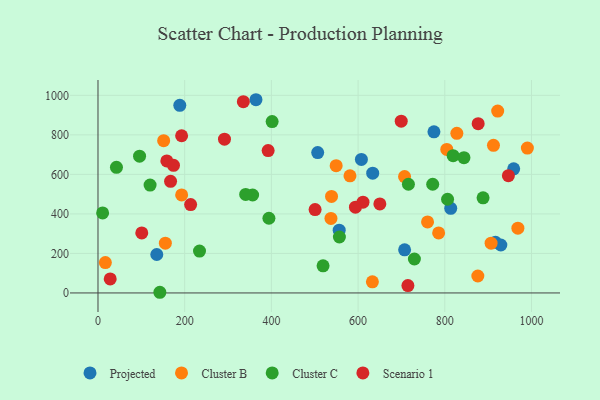
{"axis": {"x": "Engine Size", "y": "Profit"}, "legend": ["Cluster B", "Cluster C", "Projected", "Scenario 1"], "data": [{"x": "364.4", "y": 977.9, "type": "Projected"}, {"x": "958.9", "y": 628.0, "type": "Projected"}, {"x": "813.7", "y": 428.2, "type": "Projected"}, {"x": "916.8", "y": 256.5, "type": "Projected"}, {"x": "135.6", "y": 194.7, "type": "Projected"}, {"x": "929.3", "y": 242.7, "type": "Projected"}, {"x": "188.7", "y": 949.8, "type": "Projected"}, {"x": "556.4", "y": 317.8, "type": "Projected"}, {"x": "775.0", "y": 815.6, "type": "Projected"}, {"x": "607.6", "y": 675.9, "type": "Projected"}, {"x": "707.3", "y": 218.1, "type": "Projected"}, {"x": "633.7", "y": 606.1, "type": "Projected"}, {"x": "506.8", "y": 710.2, "type": "Projected"}, {"x": "804.6", "y": 726.5, "type": "Cluster B"}, {"x": "760.2", "y": 359.2, "type": "Cluster B"}, {"x": "537.4", "y": 377.2, "type": "Cluster B"}, {"x": "581.3", "y": 592.9, "type": "Cluster B"}, {"x": "155.4", "y": 251.8, "type": "Cluster B"}, {"x": "17.0", "y": 153.9, "type": "Cluster B"}, {"x": "707.2", "y": 589.2, "type": "Cluster B"}, {"x": "633.0", "y": 56.3, "type": "Cluster B"}, {"x": "151.5", "y": 770.9, "type": "Cluster B"}, {"x": "549.4", "y": 644.3, "type": "Cluster B"}, {"x": "912.3", "y": 747.1, "type": "Cluster B"}, {"x": "906.8", "y": 252.1, "type": "Cluster B"}, {"x": "968.6", "y": 327.8, "type": "Cluster B"}, {"x": "193.0", "y": 496.2, "type": "Cluster B"}, {"x": "785.8", "y": 303.9, "type": "Cluster B"}, {"x": "827.8", "y": 807.9, "type": "Cluster B"}, {"x": "922.0", "y": 920.4, "type": "Cluster B"}, {"x": "990.5", "y": 733.4, "type": "Cluster B"}, {"x": "538.7", "y": 488.5, "type": "Cluster B"}, {"x": "876.2", "y": 85.8, "type": "Cluster B"}, {"x": "401.7", "y": 867.4, "type": "Cluster C"}, {"x": "716.1", "y": 550.2, "type": "Cluster C"}, {"x": "556.9", "y": 283.1, "type": "Cluster C"}, {"x": "234.2", "y": 212.0, "type": "Cluster C"}, {"x": "10.7", "y": 404.9, "type": "Cluster C"}, {"x": "819.2", "y": 694.8, "type": "Cluster C"}, {"x": "394.3", "y": 378.0, "type": "Cluster C"}, {"x": "142.7", "y": 3.4, "type": "Cluster C"}, {"x": "42.6", "y": 635.7, "type": "Cluster C"}, {"x": "806.4", "y": 474.2, "type": "Cluster C"}, {"x": "120.2", "y": 545.8, "type": "Cluster C"}, {"x": "888.3", "y": 481.2, "type": "Cluster C"}, {"x": "356.7", "y": 495.7, "type": "Cluster C"}, {"x": "844.2", "y": 684.5, "type": "Cluster C"}, {"x": "340.7", "y": 498.6, "type": "Cluster C"}, {"x": "95.9", "y": 692.0, "type": "Cluster C"}, {"x": "772.1", "y": 550.0, "type": "Cluster C"}, {"x": "729.9", "y": 171.9, "type": "Cluster C"}, {"x": "519.2", "y": 137.5, "type": "Cluster C"}, {"x": "158.8", "y": 668.0, "type": "Scenario 1"}, {"x": "392.5", "y": 720.3, "type": "Scenario 1"}, {"x": "650.2", "y": 450.6, "type": "Scenario 1"}, {"x": "101.0", "y": 303.8, "type": "Scenario 1"}, {"x": "174.2", "y": 645.7, "type": "Scenario 1"}, {"x": "335.3", "y": 967.9, "type": "Scenario 1"}, {"x": "877.0", "y": 856.9, "type": "Scenario 1"}, {"x": "291.8", "y": 778.1, "type": "Scenario 1"}, {"x": "611.3", "y": 459.4, "type": "Scenario 1"}, {"x": "213.7", "y": 447.3, "type": "Scenario 1"}, {"x": "167.4", "y": 564.9, "type": "Scenario 1"}, {"x": "192.9", "y": 795.6, "type": "Scenario 1"}, {"x": "500.8", "y": 421.7, "type": "Scenario 1"}, {"x": "714.9", "y": 37.1, "type": "Scenario 1"}, {"x": "593.9", "y": 434.0, "type": "Scenario 1"}, {"x": "699.5", "y": 869.3, "type": "Scenario 1"}, {"x": "946.7", "y": 593.6, "type": "Scenario 1"}, {"x": "28.2", "y": 71.0, "type": "Scenario 1"}]}